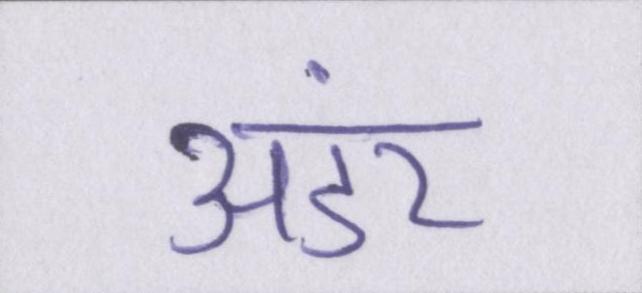
अंडर